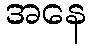
အနေ